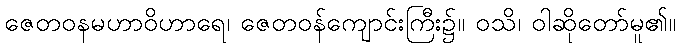
ဇေတဝနမဟာဝိဟာရေ၊ ဇေတဝန်ကျောင်းကြီး၌။ ဝသိ၊ ဝါဆိုတော်မူ၏။